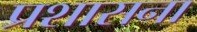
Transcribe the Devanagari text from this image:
प्रशासना